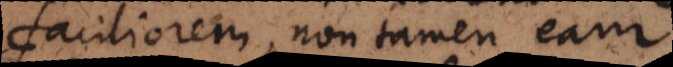
faciliorem, non tamen eam